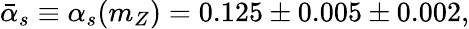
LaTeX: \bar{\alpha}_{s}\equiv\alpha_{s}(m_{Z})=0.125\pm 0.005\pm 0.002,